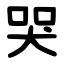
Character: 哭